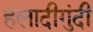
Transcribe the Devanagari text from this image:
हलादीगुंदी